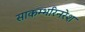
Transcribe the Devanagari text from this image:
साकम्भरिनरेश